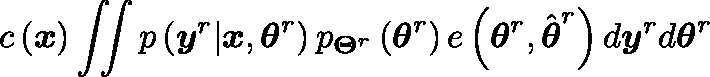
c \left( \boldsymbol { x } \right) \triangleq \iint p \left( \boldsymbol { y } ^ { r } | \boldsymbol { x } , \boldsymbol { \theta } ^ { r } \right) p _ { \mathbf { \Theta } ^ { r } } \left( \boldsymbol { \theta } ^ { r } \right) e \left( \boldsymbol { \theta } ^ { r } , \hat { \boldsymbol { \theta } } ^ { r } \right) d \boldsymbol { y } ^ { r } d \boldsymbol { \theta } ^ { r }